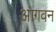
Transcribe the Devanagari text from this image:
आगवन